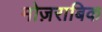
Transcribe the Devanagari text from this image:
मोज़राबिक